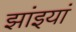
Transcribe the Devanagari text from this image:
झांइयां